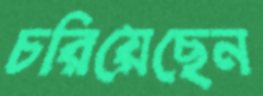
চরিয়েছেন